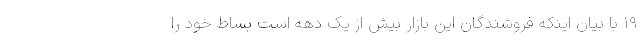
۱۹ با بیان اینکه فروشندگان این بازار بیش از یک دهه است بساط خود را